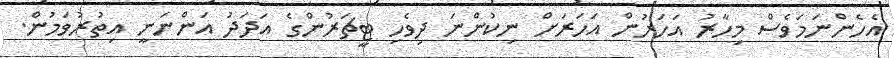
އެހެންނަމަވެސް މިހާރު އަހަރުން އަހަރަށް ނިކުންނަ ދިވެހި ޓީޗަރުންގެ އަދަދު އަންނަނީ އިތުރުވަމުން.